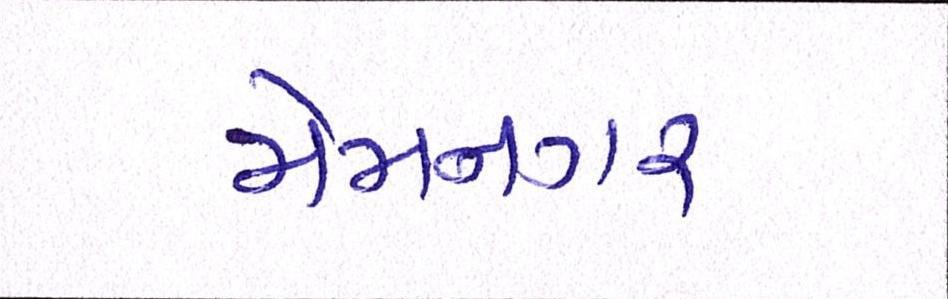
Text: મેમનગર